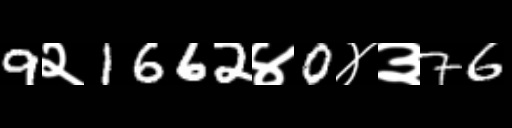
Text: 9२1662४0४३76